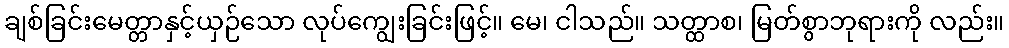
ချစ်ခြင်းမေတ္တာနှင့်ယှဉ်သော လုပ်ကျွေးခြင်းဖြင့်။ မေ၊ ငါသည်။ သတ္ထာစ၊ မြတ်စွာဘုရားကို လည်း။